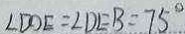
\angle D D E = \angle D E B = 7 5 ^ { \circ }